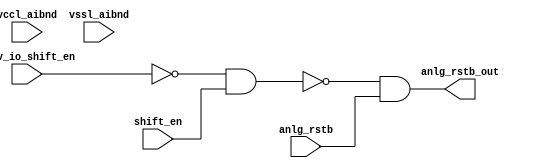
// SPDX-License-Identifier: Apache-2.0
// Copyright (C) 2019 Intel Corporation. All rights reserved
// Library - aibnd_lib, Cell - aibnd_red_custom_dig, View - schematic
// LAST TIME SAVED: Apr 22 15:41:59 2015
// NETLIST TIME: May 12 17:53:10 2015
// `timescale 1ns / 1ns 

module aibnd_red_custom_dig ( anlg_rstb_out, anlg_rstb,
     prev_io_shift_en, shift_en, vccl_aibnd, vssl_aibnd );

output  anlg_rstb_out;

input  anlg_rstb, prev_io_shift_en, shift_en, vccl_aibnd, vssl_aibnd;

wire anlg_rstb_out, io_disable_b, anlg_rstb, prev_io_shenb, shift_en, prev_io_shift_en; // Conversion Sript Generated


// specify 
//     specparam CDS_LIBNAME  = "aibnd_lib";
//     specparam CDS_CELLNAME = "aibnd_red_custom_dig";
//     specparam CDS_VIEWNAME = "schematic";
// endspecify

assign anlg_rstb_out = io_disable_b & anlg_rstb;
assign io_disable_b = !(prev_io_shenb & shift_en);
assign prev_io_shenb = !prev_io_shift_en;

endmodule